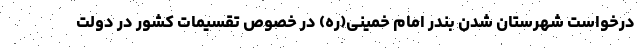
درخواست شهرستان شدن بندر امام خمینی(ره) در خصوص تقسیمات کشور در دولت